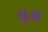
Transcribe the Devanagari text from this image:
ञ़्अ